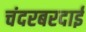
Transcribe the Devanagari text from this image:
चंदरबरदाई